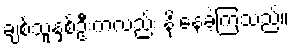
ချစ်သူနှစ်ဦးကလည်း နိုးနေခဲ့ကြသည်။